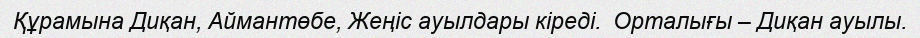
Құрамына Диқан, Аймантөбе, Жеңіс ауылдары кіреді.  Орталығы – Диқан ауылы.